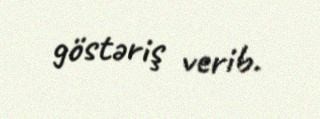
göstəriş verib.